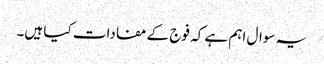
یہ سوال اہم ہے کہ فوج کے مفادات کیا ہیں۔